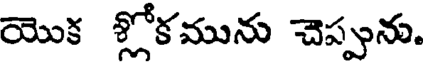
యొక శ్లోకమును చెప్పును.